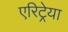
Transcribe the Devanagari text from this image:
एरिट्रेया